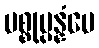
ပစ္စုပ္ပန္နံပေ